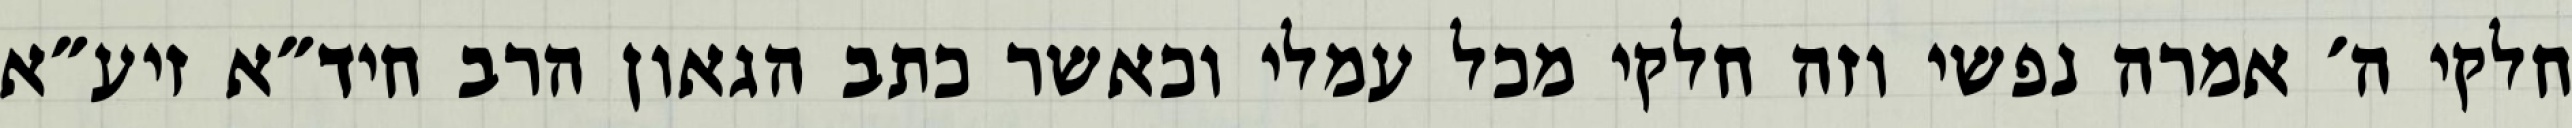
חלקי ה׳ אמרה נפשי וזה חלקי מכל עמלי וכאשר כתב הגאון הרב חיד״א זיע״א